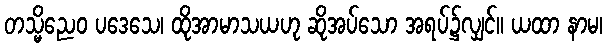
တသ္မိညေဝ ပဒေသေ၊ ထိုအာမာသယဟု ဆိုအပ်သော အရပ်၌လျှင်။ ယထာ နာမ၊